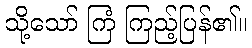
သို့သော် ကြံ ကြည့်ပြန်၏။